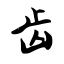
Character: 齿